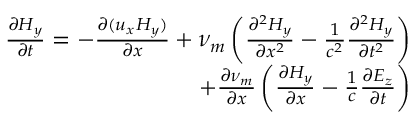
\begin{array} { r } { \frac { \partial { H _ { y } } } { \partial t } = - \frac { \partial { ( u _ { x } H _ { y } ) } } { \partial x } + \nu _ { m } \left( \frac { \partial ^ { 2 } H _ { y } } { \partial x ^ { 2 } } - \frac { 1 } { c ^ { 2 } } \frac { \partial ^ { 2 } H _ { y } } { \partial t ^ { 2 } } \right) } \\ { + \frac { \partial { \nu _ { m } } } { \partial x } \left( \frac { \partial { H _ { y } } } { \partial x } - \frac { 1 } { c } \frac { \partial { E _ { z } } } { \partial t } \right) } \end{array}